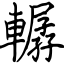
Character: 轏